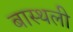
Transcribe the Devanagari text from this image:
बास्थली